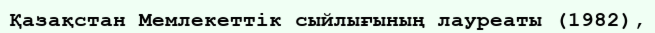
Қазақстан Мемлекеттік сыйлығының лауреаты (1982),